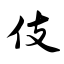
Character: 伎